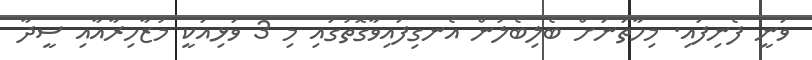
ވަނީ ފެނިފައި. މިހާތަނަށް ބެލިބެލުން އެނގިފައިވާގޮތުގައި މި 3 ވަޅިއަކީ މުޒާހިރާއާއި ސީދާ